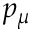
p _ { \mu }